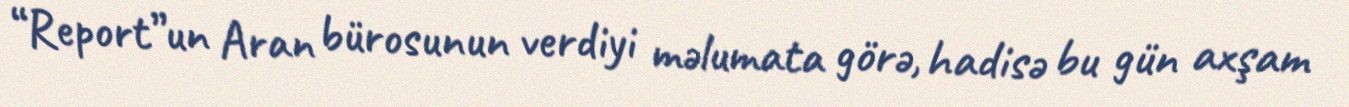
“Report”un Aran bürosunun verdiyi məlumata görə, hadisə bu gün axşam